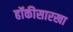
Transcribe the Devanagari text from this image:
हॉकीसारखा